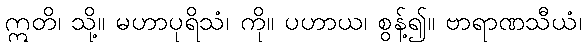
ဣတိ၊ သို့။ မဟာပုရိသံ၊ ကို။ ပဟာယ၊ စွန့်၍။ ဗာရာဏသီယံ၊